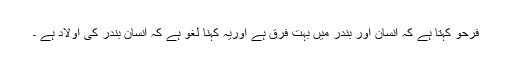
فرحو کہتا ہے کہ انسان اور بندر میں بہت فرق ہے اوریہ کہنا لغو ہے کہ انسان بندر کی اولاد ہے ۔